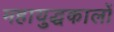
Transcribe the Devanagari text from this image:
महायुद्धकालों